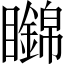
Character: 𥌹